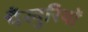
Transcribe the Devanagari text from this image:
पँखुरियों